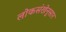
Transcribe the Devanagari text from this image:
लोकसंखेनुसार